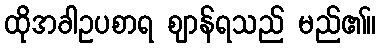
ထိုအခါဥပစာရ ဈာန်ရသည် မည်၏။